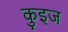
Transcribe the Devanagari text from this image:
कुइज